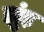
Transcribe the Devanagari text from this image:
झुंड़